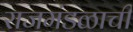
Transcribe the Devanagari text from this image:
राजमंडळाची